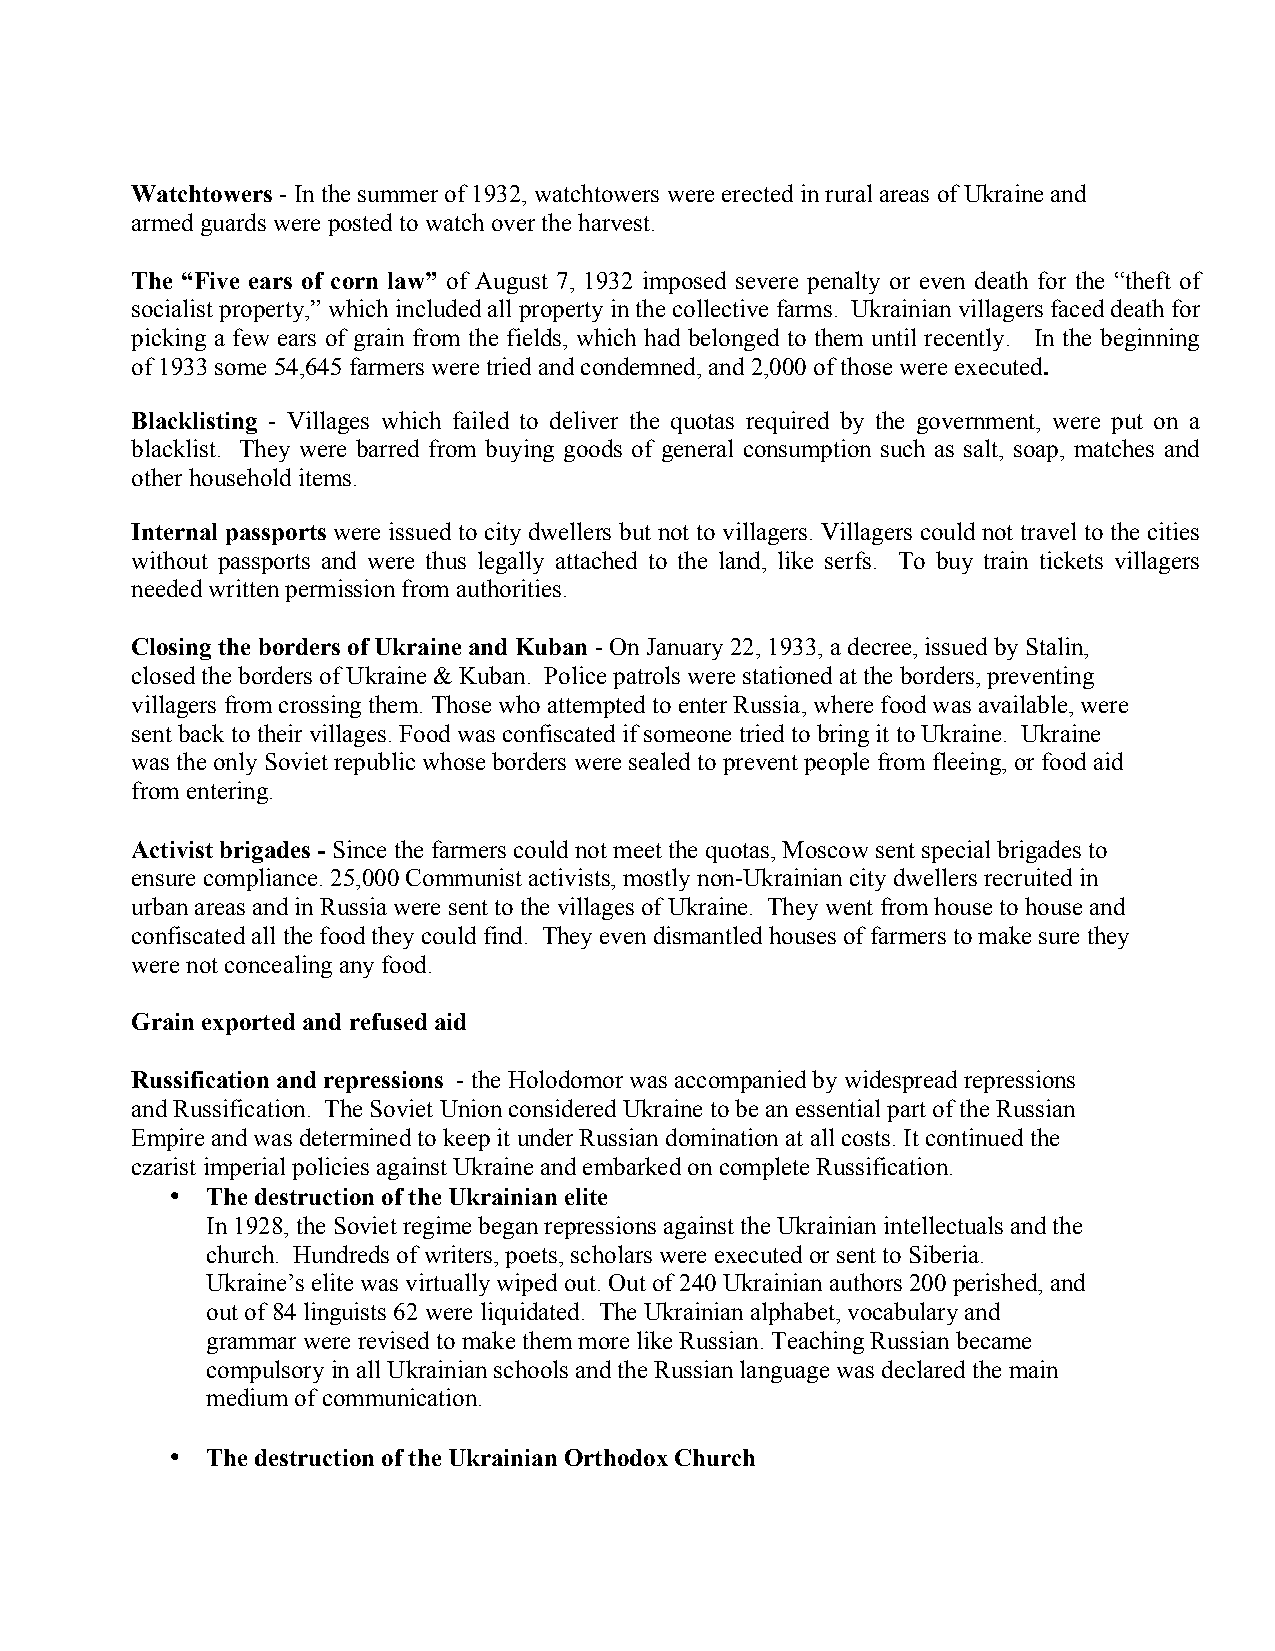
Watchtowers - In the summer of 1932, watchtowers were erected in rural areas of Ukraine and
 armed guards were posted to watch over the harvest.
 The “Five ears of corn law” of August 7, 1932 imposed severe penalty or even death for the “theft of
 socialist property,” which included all property in the collective farms. Ukrainian villagers faced death for
 picking a few ears of grain from the fields, which had belonged to them until recently. In the beginning
 of 1933 some 54,645 farmers were tried and condemned, and 2,000 of those were executed.
 Blacklisting - Villages which failed to deliver the quotas required by the government, were put on a
 blacklist. They were barred from buying goods of general consumption such as salt, soap, matches and
 other household items.
 Internal passports were issued to city dwellers but not to villagers. Villagers could not travel to the cities
 without passports and were thus legally attached to the land, like serfs. To buy train tickets villagers
 needed written permission from authorities.
 Closing the borders of Ukraine and Kuban - On January 22, 1933, a decree, issued by Stalin,
 closed the borders of Ukraine & Kuban. Police patrols were stationed at the borders, preventing
 villagers from crossing them. Those who attempted to enter Russia, where food was available, were
 sent back to their villages. Food was confiscated if someone tried to bring it to Ukraine. Ukraine
 was the only Soviet republic whose borders were sealed to prevent people from fleeing, or food aid
 from entering.
 Activist brigades - Since the farmers could not meet the quotas, Moscow sent special brigades to
 ensure compliance. 25,000 Communist activists, mostly non-Ukrainian city dwellers recruited in
 urban areas and in Russia were sent to the villages of Ukraine. They went from house to house and
 confiscated all the food they could find. They even dismantled houses of farmers to make sure they
 were not concealing any food.
 Grain exported and refused aid
 Russification and repressions - the Holodomor was accompanied by widespread repressions
 and Russification. The Soviet Union considered Ukraine to be an essential part of the Russian
 Empire and was determined to keep it under Russian domination at all costs. It continued the
 czarist imperial policies against Ukraine and embarked on complete Russification.
 •  The destruction of the Ukrainian elite
 In 1928, the Soviet regime began repressions against the Ukrainian intellectuals and the
 church. Hundreds of writers, poets, scholars were executed or sent to Siberia.
 Ukraine’s elite was virtually wiped out. Out of 240 Ukrainian authors 200 perished, and
 out of 84 linguists 62 were liquidated. The Ukrainian alphabet, vocabulary and
 grammar were revised to make them more like Russian. Teaching Russian became
 compulsory in all Ukrainian schools and the Russian language was declared the main
 medium of communication.
 •  The destruction of the Ukrainian Orthodox Church